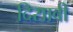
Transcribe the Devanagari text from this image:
दिसावी